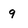
Character: 9